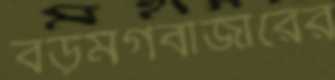
বড়মগবাজারের